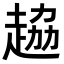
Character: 𧻒